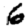
Digit: 6